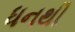
ધનથી